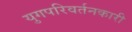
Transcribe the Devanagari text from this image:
युगपरिवर्तनकारी